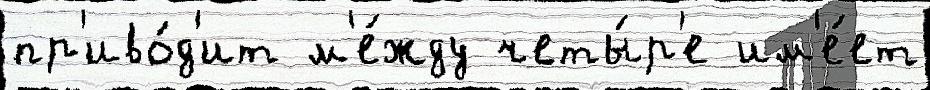
пр'иво́д'ит м'е́жду четы́р'е им'е́ет